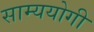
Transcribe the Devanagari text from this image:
साम्ययोगी